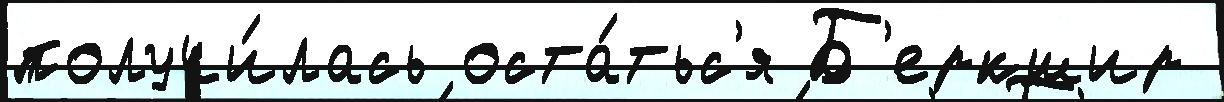
получи́лась оста́тьс'я Б'еркшир